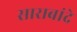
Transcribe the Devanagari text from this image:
साराबांदे